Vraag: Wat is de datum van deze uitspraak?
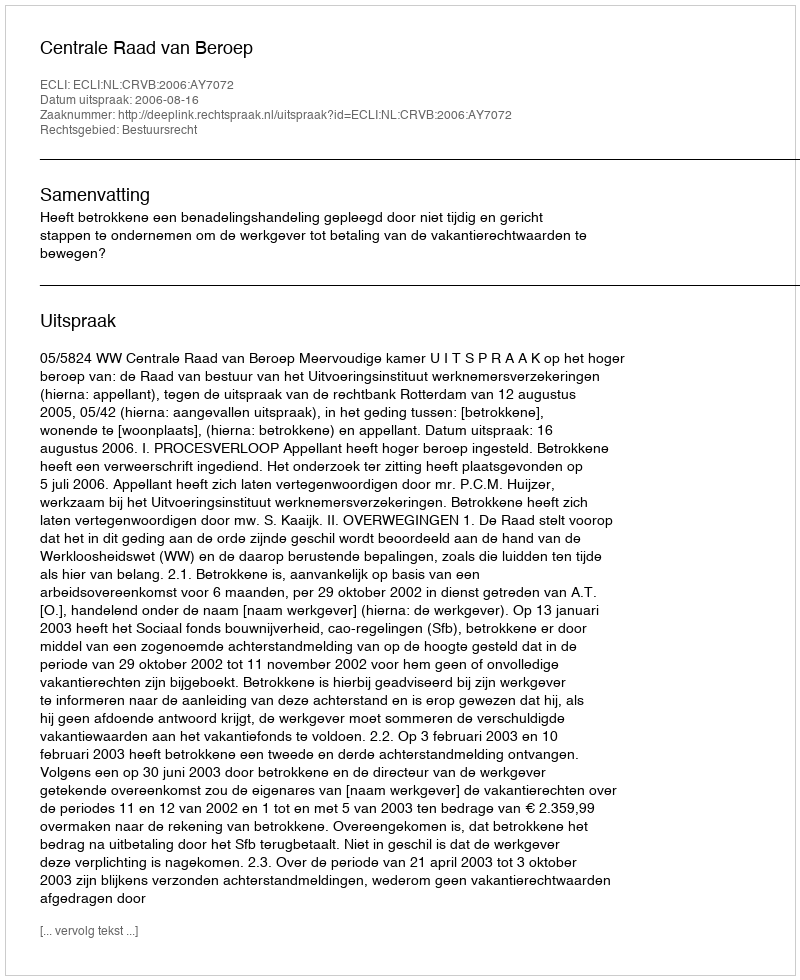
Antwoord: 2006-08-16